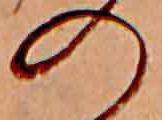
の